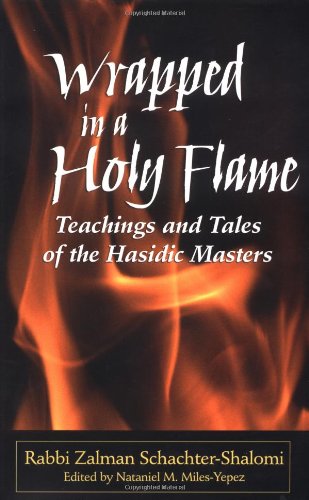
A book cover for Wrapped in a Holy Flame: Teachings and Tales of The Hasidic Masters; Rabbi Zalman Schachter Shalomi; Religion & Spirituality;